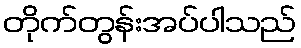
တိုက်တွန်းအပ်ပါသည်